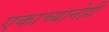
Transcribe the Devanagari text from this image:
एकाच्यानेही